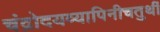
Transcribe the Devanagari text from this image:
चंद्रोदयव्यापिनीचतुर्थी